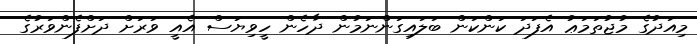
މިއަދުގެ މުޖުތަމަޢު އެފަދަ ކަންކަން ބަލައިގަންނަމުން ދާހެން ހީވިޔަސް އެއީ ވަރަށް ދަށްފެންވަރުގެ